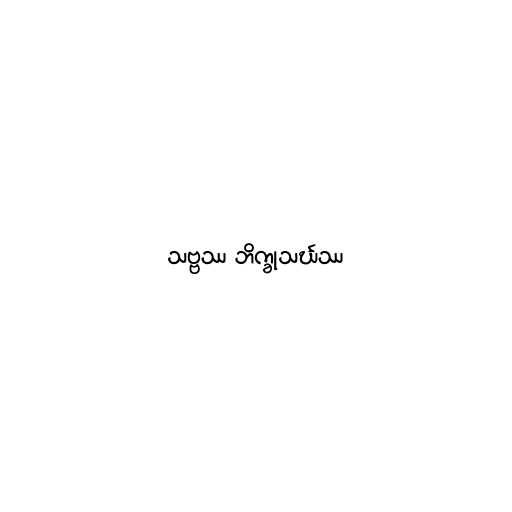
သဗ္ဗဿ ဘိက္ခုသင်္ဃဿ